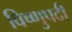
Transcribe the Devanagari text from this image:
विष्णुपदी